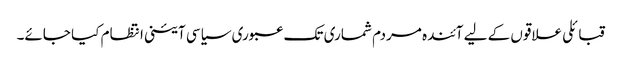
قبائلی علاقوں کے لیے آئندہ مردم شماری تک عبوری سیاسی آئینی انتظام کیا جائے۔